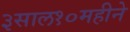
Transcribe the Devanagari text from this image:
३साल१०महीने